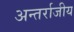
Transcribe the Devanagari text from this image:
अन्तर्राजीय